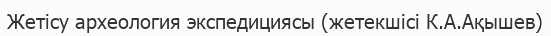
Жетісу археология экспедициясы (жетекшісі К.А.Ақышев)